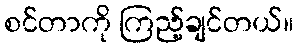
စင်တာကို ကြည့်ချင်တယ်။